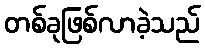
တစ်ခုဖြစ်လာခဲ့သည်